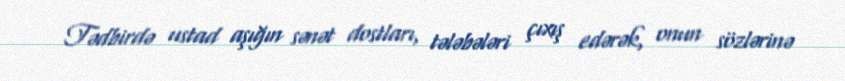
Tədbirdə ustad aşığın sənət dostları, tələbələri çıxış edərək, onun sözlərinə